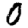
Digit: 0